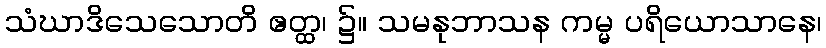
သံဃာဒိသေသောတိ ဧတ္ထ၊ ၌။ သမနုဘာသန ကမ္မ ပရိယောသာနေ၊